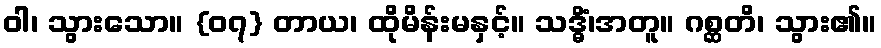
ဝါ၊ သွားသော။ {၀၇} တာယ၊ ထိုမိန်းမနှင့်။ သဒ္ဓိံ၊အတူ။ ဂစ္ဆတိ၊ သွား၏။